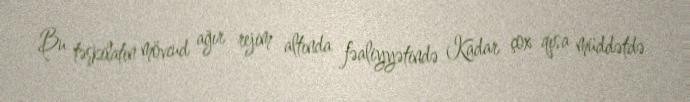
Bu təşkilatın mövcud ağır rejim altında fəaliyyətində Kadar çox qısa müddətdə